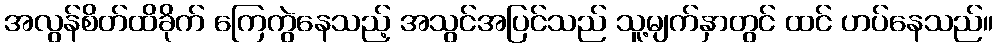
အလွန်စိတ်ထိခိုက် ကြေကွဲနေသည့် အသွင်အပြင်သည် သူ့မျက်နှာတွင် ထင် ဟပ်နေသည်။